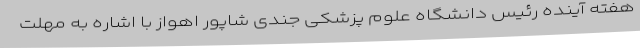
هفته آینده رئیس دانشگاه علوم پزشکی جندی شاپور اهواز با اشاره به مهلت